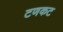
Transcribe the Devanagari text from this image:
टणकट